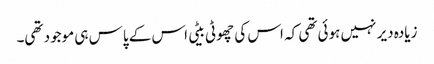
زیادہ دیر نہیں ہوئی تھی کہ اس کی چھوٹی بیٹی اس کے پاس ہی موجود تھی۔